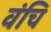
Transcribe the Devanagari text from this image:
वंचि